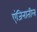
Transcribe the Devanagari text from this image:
एंजिनातील